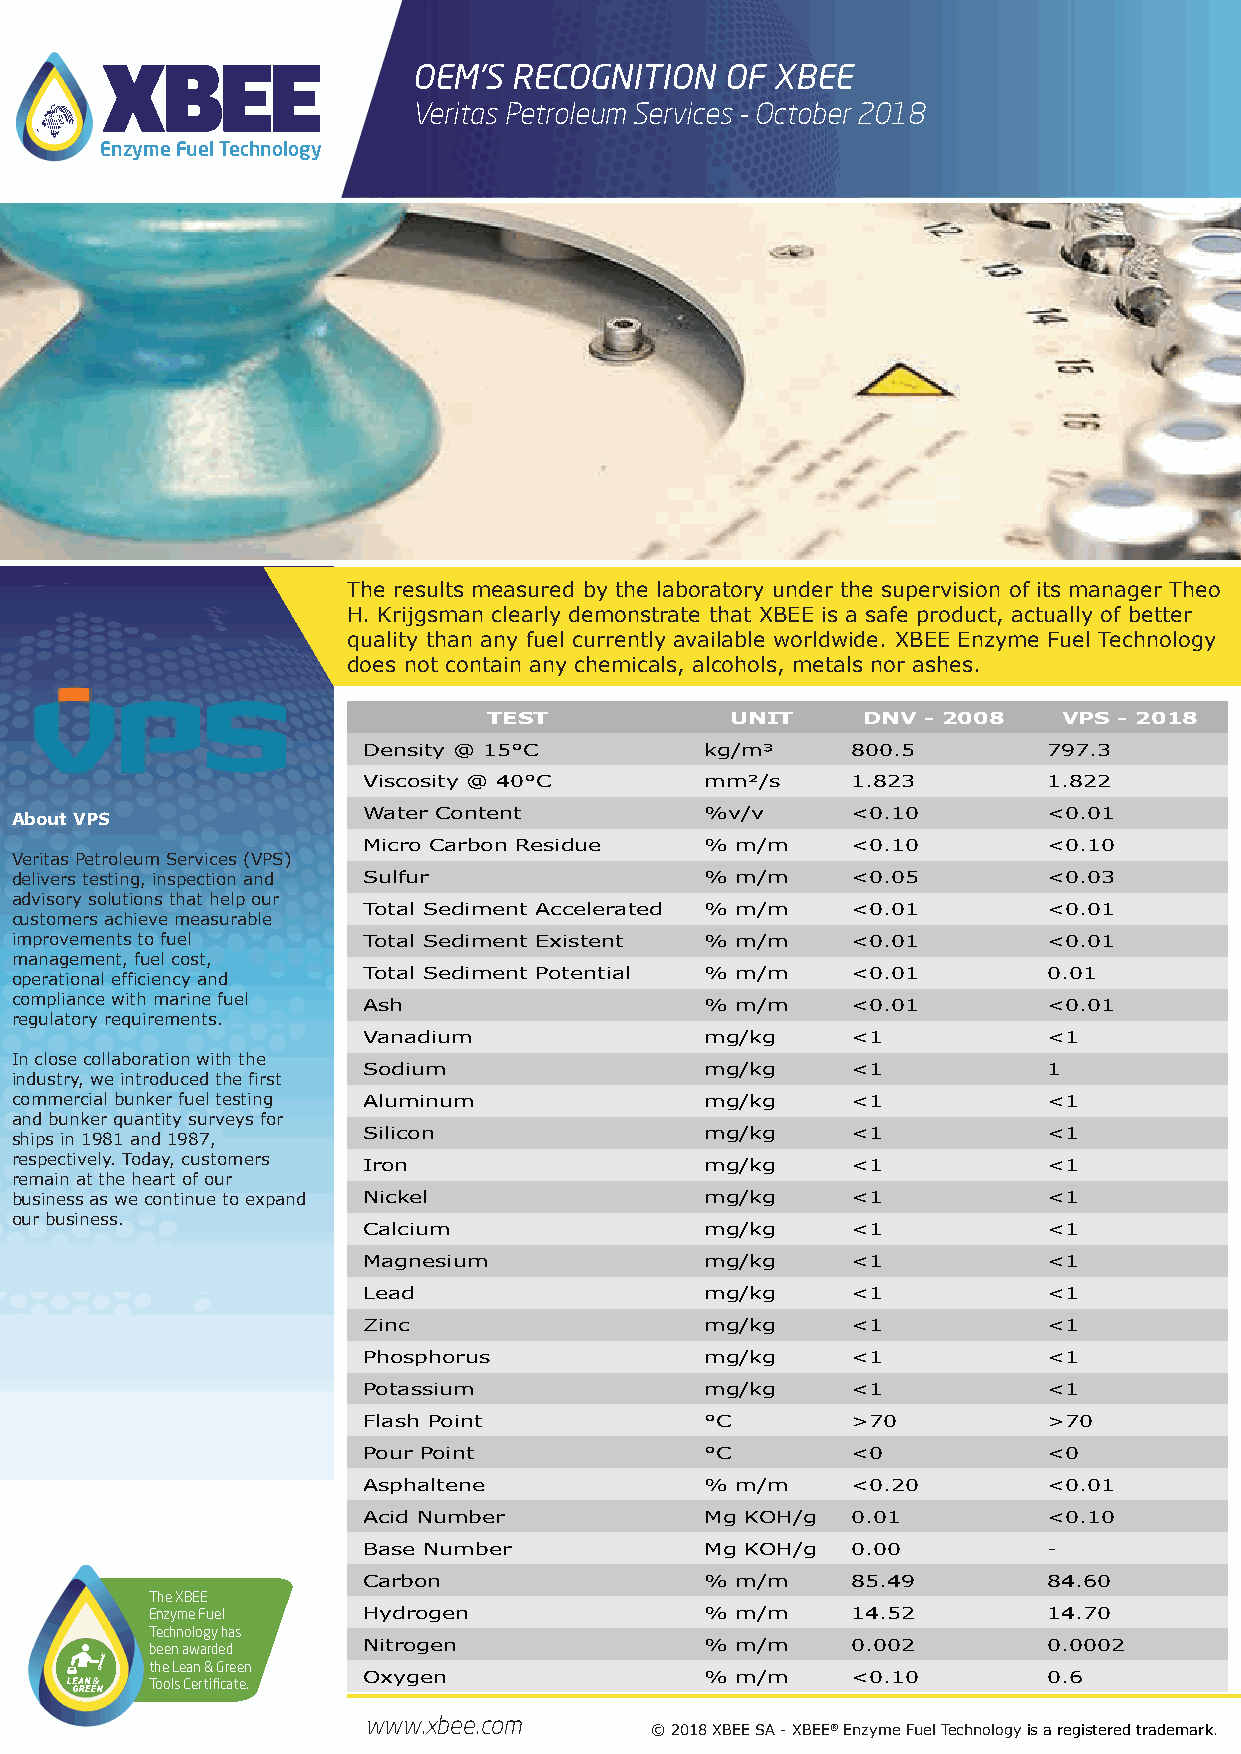
OEM’S  RECOGNITION   OF XBEE
 Veritas Petroleum Services - October 2018
 Enzyme Fuel Technology
 The results measured by the laboratory under the supervision of its manager Theo
 H. Krijgsman clearly demonstrate that XBEE is a safe product, actually of better
 quality than any fuel currently available worldwide. XBEE Enzyme Fuel Technology
 does not contain any chemicals, alcohols, metals nor ashes.
 TEST            UNIT     DNV - 2008   VPS - 2018
 Density @ 15°C         kg/m³    800.5        797.3
 Viscosity @ 40°C       mm²/s    1.823        1.822
 About VPS              Water Content          %v/v     <0.10        <0.01
 Micro Carbon Residue   % m/m    <0.10        <0.10
 Veritas Petroleum Services (VPS)
 delivers testing, inspection and Sulfur       % m/m    <0.05        <0.03
 advisory solutions that help our
 Total Sediment Accelerated % m/m <0.01       <0.01
 customers achieve measurable
 improvements to fuel   Total Sediment Existent % m/m   <0.01        <0.01
 management, fuel cost,
 operational efficiency and Total Sediment Potential % m/m <0.01     0.01
 compliance with marine fuel
 Ash                    % m/m    <0.01        <0.01
 regulatory requirements.
 Vanadium               mg/kg    <1           <1
 In close collaboration with the
 Sodium                 mg/kg    <1           1
 industry, we introduced the first
 commercial bunker fuel testing Aluminum       mg/kg    <1           <1
 and bunker quantity surveys for
 ships in 1981 and 1987, Silicon               mg/kg    <1           <1
 respectively. Today, customers
 Iron                   mg/kg    <1           <1
 remain at the heart of our
 business as we continue to expand Nickel      mg/kg    <1           <1
 our business.
 Calcium                mg/kg    <1           <1
 Magnesium              mg/kg    <1           <1
 Lead                   mg/kg    <1           <1
 Zinc                   mg/kg    <1           <1
 Phosphorus             mg/kg    <1           <1
 Potassium              mg/kg    <1           <1
 Flash Point            °C       >70          >70
 Pour Point             °C       <0           <0
 Asphaltene             % m/m    <0.20        <0.01
 Acid Number            Mg KOH/g 0.01         <0.10
 Base Number            Mg KOH/g 0.00         -
 Carbon                 % m/m    85.49        84.60
 The XBEE
 Enzyme Fuel   Hydrogen               % m/m    14.52        14.70
 Technology has
 been awarded  Nitrogen               % m/m    0.002        0.0002
 the Lean & Green
 Oxygen                 % m/m    <0.10        0.6
 Tools Certificate.
 www.xbee.com
 © 2018 XBEE SA - XBEE® Enzyme Fuel Technology is a registered trademark.